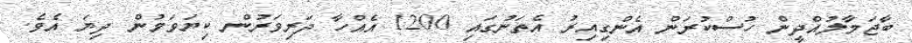
ބާޖަމާލުއްދީން ހުސްކުރަން އެންގިއިރު އެތަނުގައި 1200 އެއްހާ ދަރިވަރުން ކިޔަވަމުން ދިޔަ އެވެ.